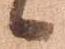
候